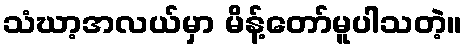
သံဃာ့အလယ်မှာ မိန့်တော်မူပါသတဲ့။